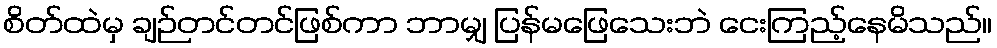
စိတ်ထဲမှ ချဉ်တင်တင်ဖြစ်ကာ ဘာမျှ ပြန်မဖြေသေးဘဲ ငေးကြည့်နေမိသည်။